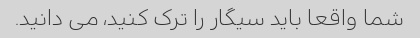
شما واقعا باید سیگار را ترک کنید، می دانید.